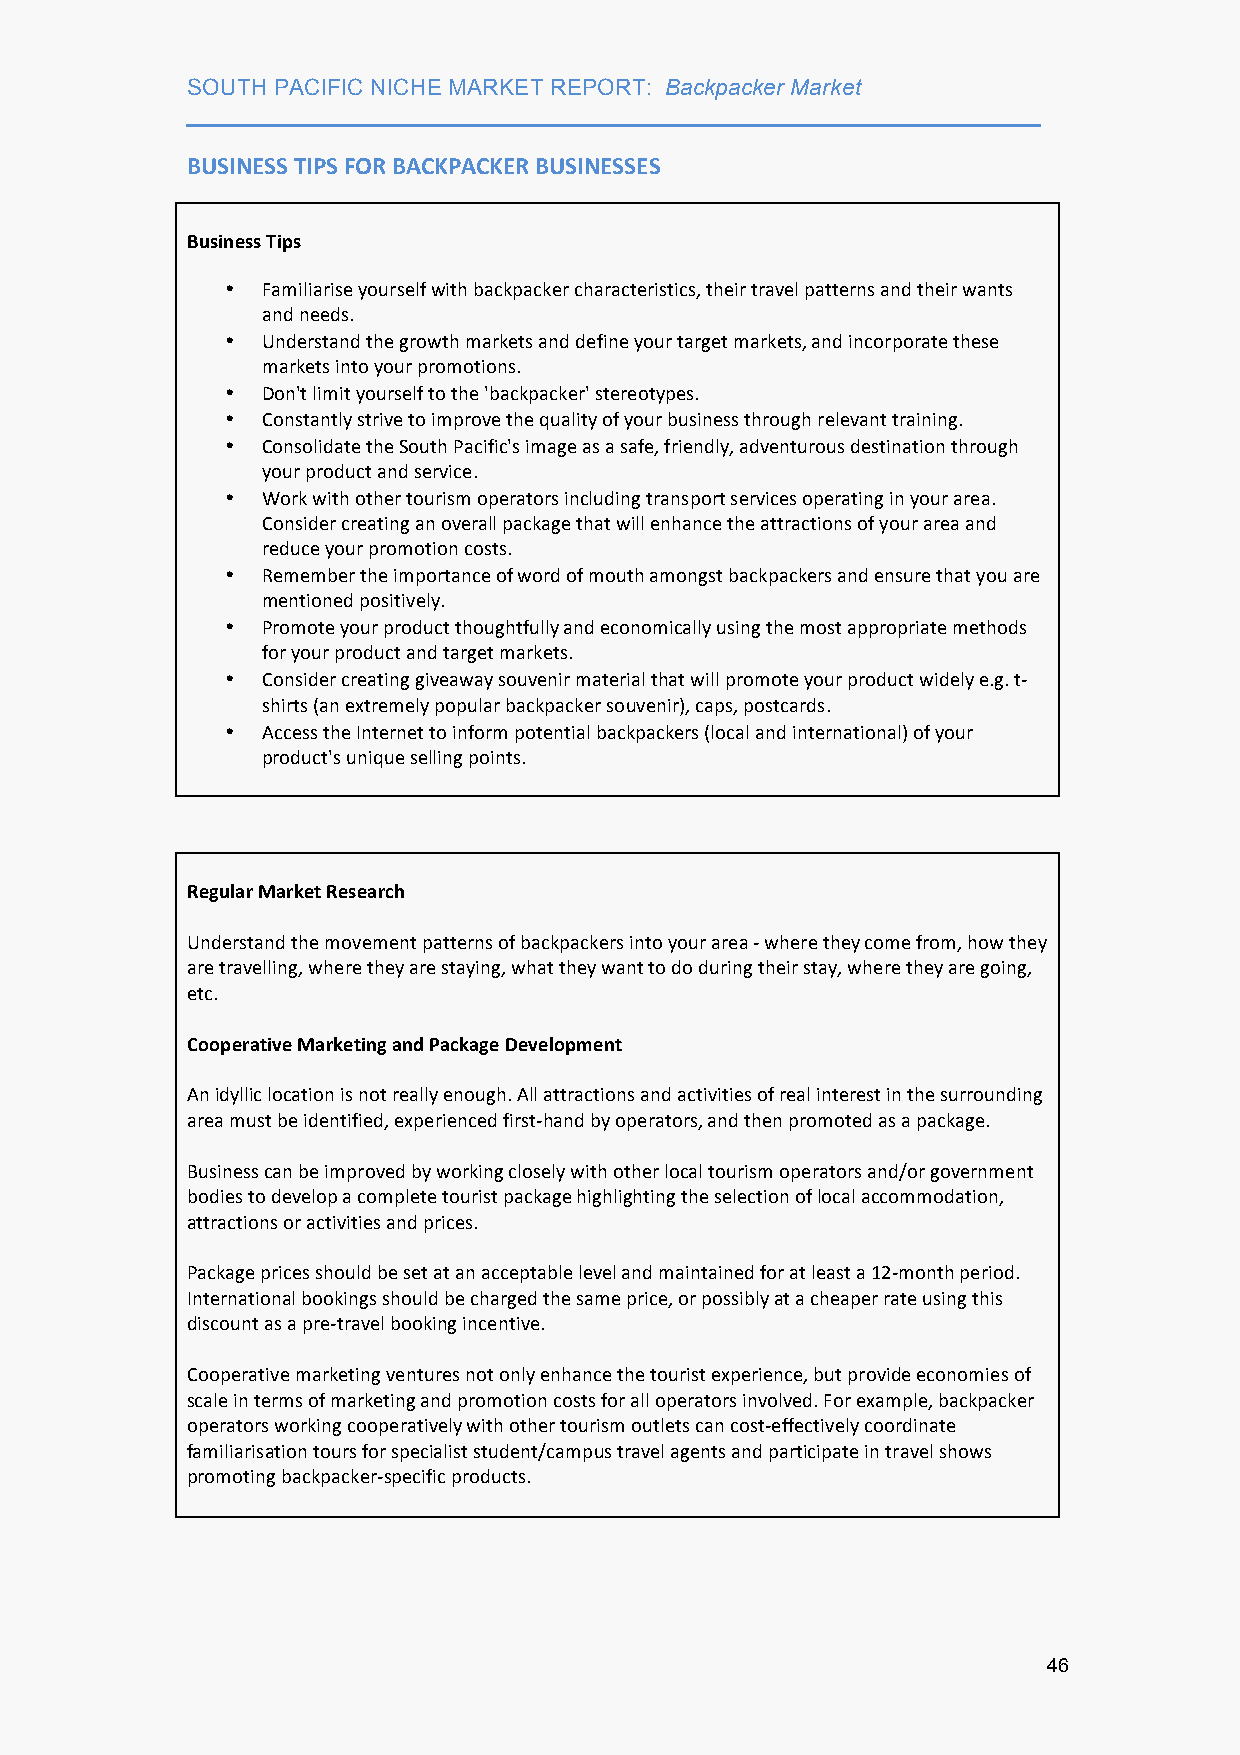
SOUTH PACIFIC NICHE MARKET REPORT: Backpacker Market
 ___________________________________________________________________
 BUSINESS TIPS FOR BACKPACKER BUSINESSES
 Business Tips
 • Familiarise yourself with backpacker characteristics, their travel patterns and their wants
 and needs.
 • Understand the growth markets and define your target markets, and incorporate these
 markets into your promotions.
 • Don't limit yourself to the 'backpacker' stereotypes.
 • Constantly strive to improve the quality of your business through relevant training.
 • Consolidate the South Pacific's image as a safe, friendly, adventurous destination through
 your product and service.
 • Work with other tourism operators including transport services operating in your area.
 Consider creating an overall package that will enhance the attractions of your area and
 reduce your promotion costs.
 • Remember the importance of word of mouth amongst backpackers and ensure that you are
 mentioned positively.
 • Promote your product thoughtfully and economically using the most appropriate methods
 for your product and target markets.
 • Consider creating giveaway souvenir material that will promote your product widely e.g. t-­‐
 shirts (an extremely popular backpacker souvenir), caps, postcards.
 • Access the Internet to inform potential backpackers (local and international) of your
 product's unique selling points.
 Regular Market Research
 Understand the movement patterns of backpackers into your area -­‐ where they come from, how they
 are travelling, where they are staying, what they want to do during their stay, where they are going,
 etc.
 Cooperative Marketing and Package Development
 An idyllic location is not really enough. All attractions and activities of real interest in the surrounding
 area must be identified, experienced first-­‐hand by operators, and then promoted as a package.
 Business can be improved by working closely with other local tourism operators and/or government
 bodies to develop a complete tourist package highlighting the selection of local accommodation,
 attractions or activities and prices.
 Package prices should be set at an acceptable level and maintained for at least a 12-­‐month period.
 International bookings should be charged the same price, or possibly at a cheaper rate using this
 discount as a pre-­‐travel booking incentive.
 Cooperative marketing ventures not only enhance the tourist experience, but provide economies of
 scale in terms of marketing and promotion costs for all operators involved. For example, backpacker
 operators working cooperatively with other tourism outlets can cost-­‐effectively coordinate
 familiarisation tours for specialist student/campus travel agents and participate in travel shows
 promoting backpacker-­‐specific products.
 46